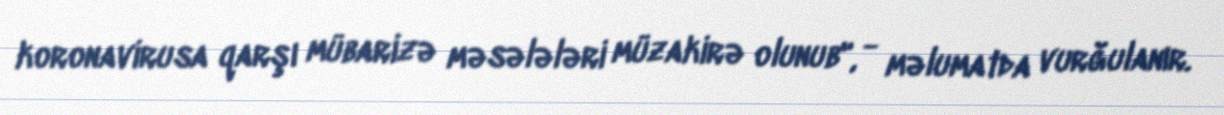
koronavirusa qarşı mübarizə məsələləri müzakirə olunub", - məlumatda vurğulanır.